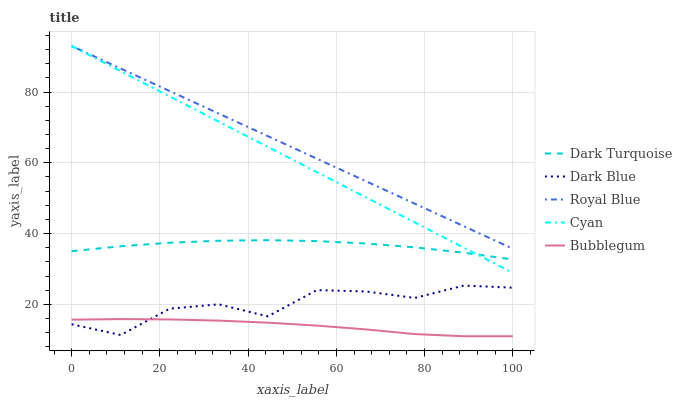
| xaxis_label | Dark Turquoise | Dark Blue | Royal Blue | Cyan | Bubblegum |
 | --- | --- | --- | --- | --- | --- |
 | 0 | 35 | 14.4 | 93 | 93 | 15.7 |
 | 11.1 | 36.4 | 11.3 | 86.6 | 85.9 | 15.8 |
 | 22.2 | 37.4 | 18.8 | 80.3 | 78.8 | 15.8 |
 | 33.3 | 38 | 20 | 73.9 | 71.6 | 15.4 |
 | 44.4 | 38.1 | 16.6 | 67.5 | 64.5 | 14.8 |
 | 55.6 | 37.9 | 24 | 61.2 | 57.4 | 14 |
 | 66.7 | 37.2 | 23.7 | 54.8 | 50.3 | 12.9 |
 | 77.8 | 36.1 | 21.8 | 48.5 | 43.1 | 11.6 |
 | 88.9 | 34.6 | 25.3 | 42.1 | 36 | 11 |
 | 100 | 32.7 | 24.7 | 35.7 | 28.9 | 11 |